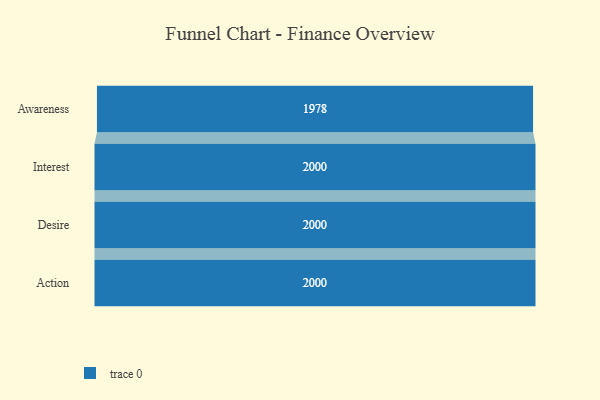
{"axis": {"x": "Stage", "y": "Value"}, "legend": [""], "data": [{"x": "Awareness", "y": 1978.0, "type": ""}, {"x": "Interest", "y": 2000, "type": ""}, {"x": "Desire", "y": 2000, "type": ""}, {"x": "Action", "y": 2000, "type": ""}]}